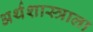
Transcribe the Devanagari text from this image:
अर्थशास्त्राला